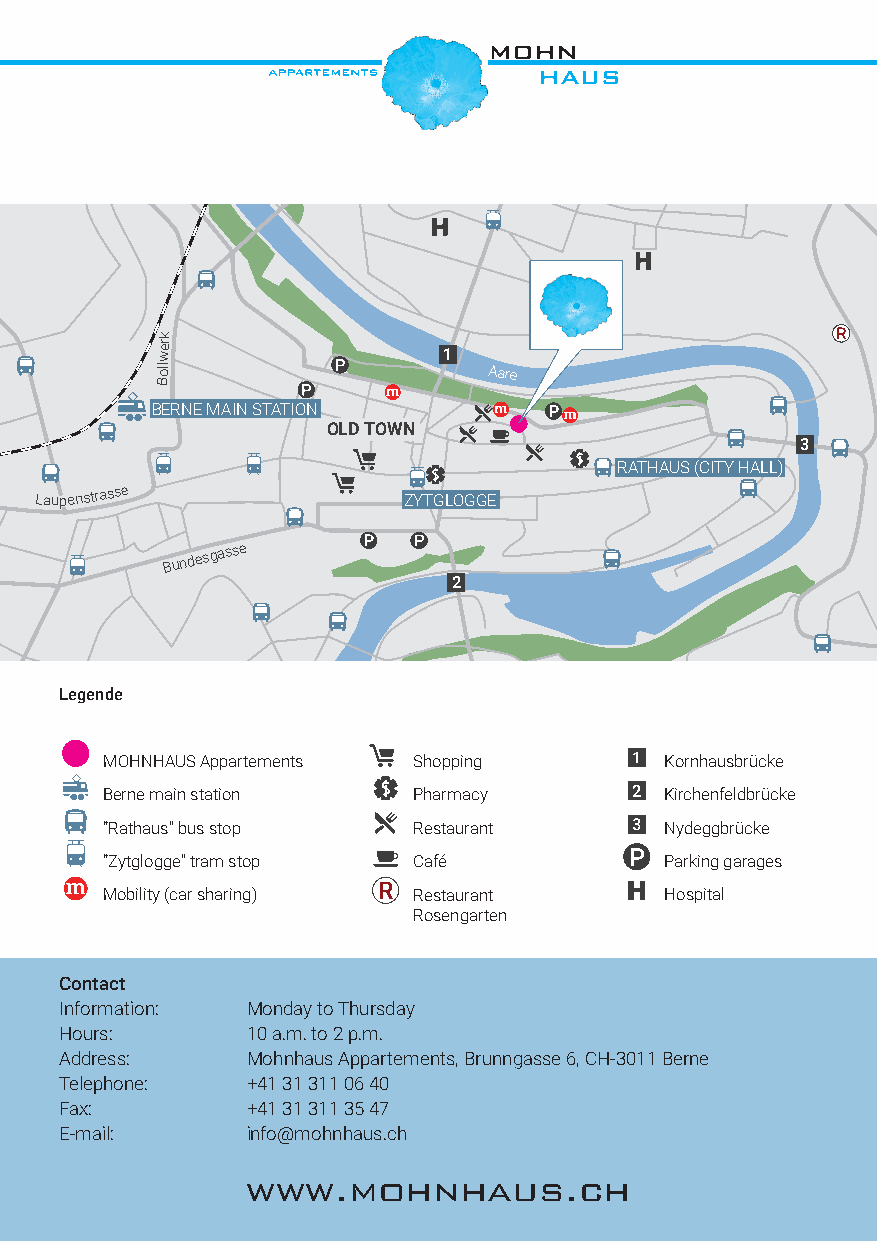
k
 wer
 1
 oll                   Aare
 B
 BERNE MAIN STATION
 OLD TOWN
 3
 RATHAUS (CITY HALL)
 Laupenstrasse
 ZYTGLOGGE
 Bundesgasse
 2
 Legende
 MOHNHAUS Appartements Shopping       Kornhausbrücke
 Berne main station  Pharmacy         Kirchenfeldbrücke
 “Rathaus” bus stop  Restaurant       Nydeggbrücke
 “Zytglogge” tram stop Café           Parking garages
 Mobility (car sharing) Restaurant    Hospital
 Rosengarten
 Contact
 Information: Monday to Thursday
 Hours:      10 a.m. to 2 p.m.
 Address:    Mohnhaus Appartements, Brunngasse 6, CH-3011 Berne
 Telephone:  +41 31 311 06 40
 Fax:        +41 31 311 35 47
 E-mail:     info@mohnhaus.ch
 www.mohnhaus.ch